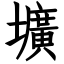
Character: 壙